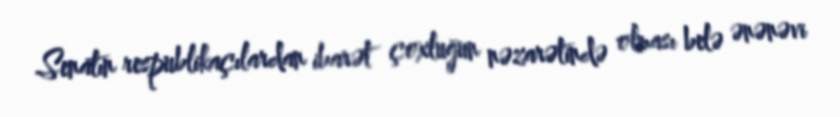
Senatın respublikaçılardan ibarət çoxluğun nəzarətində olması belə ənənəvi